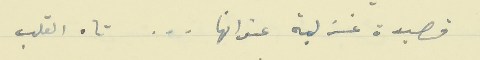
قصيدة غزلية عنوانها . . . تاه القلب